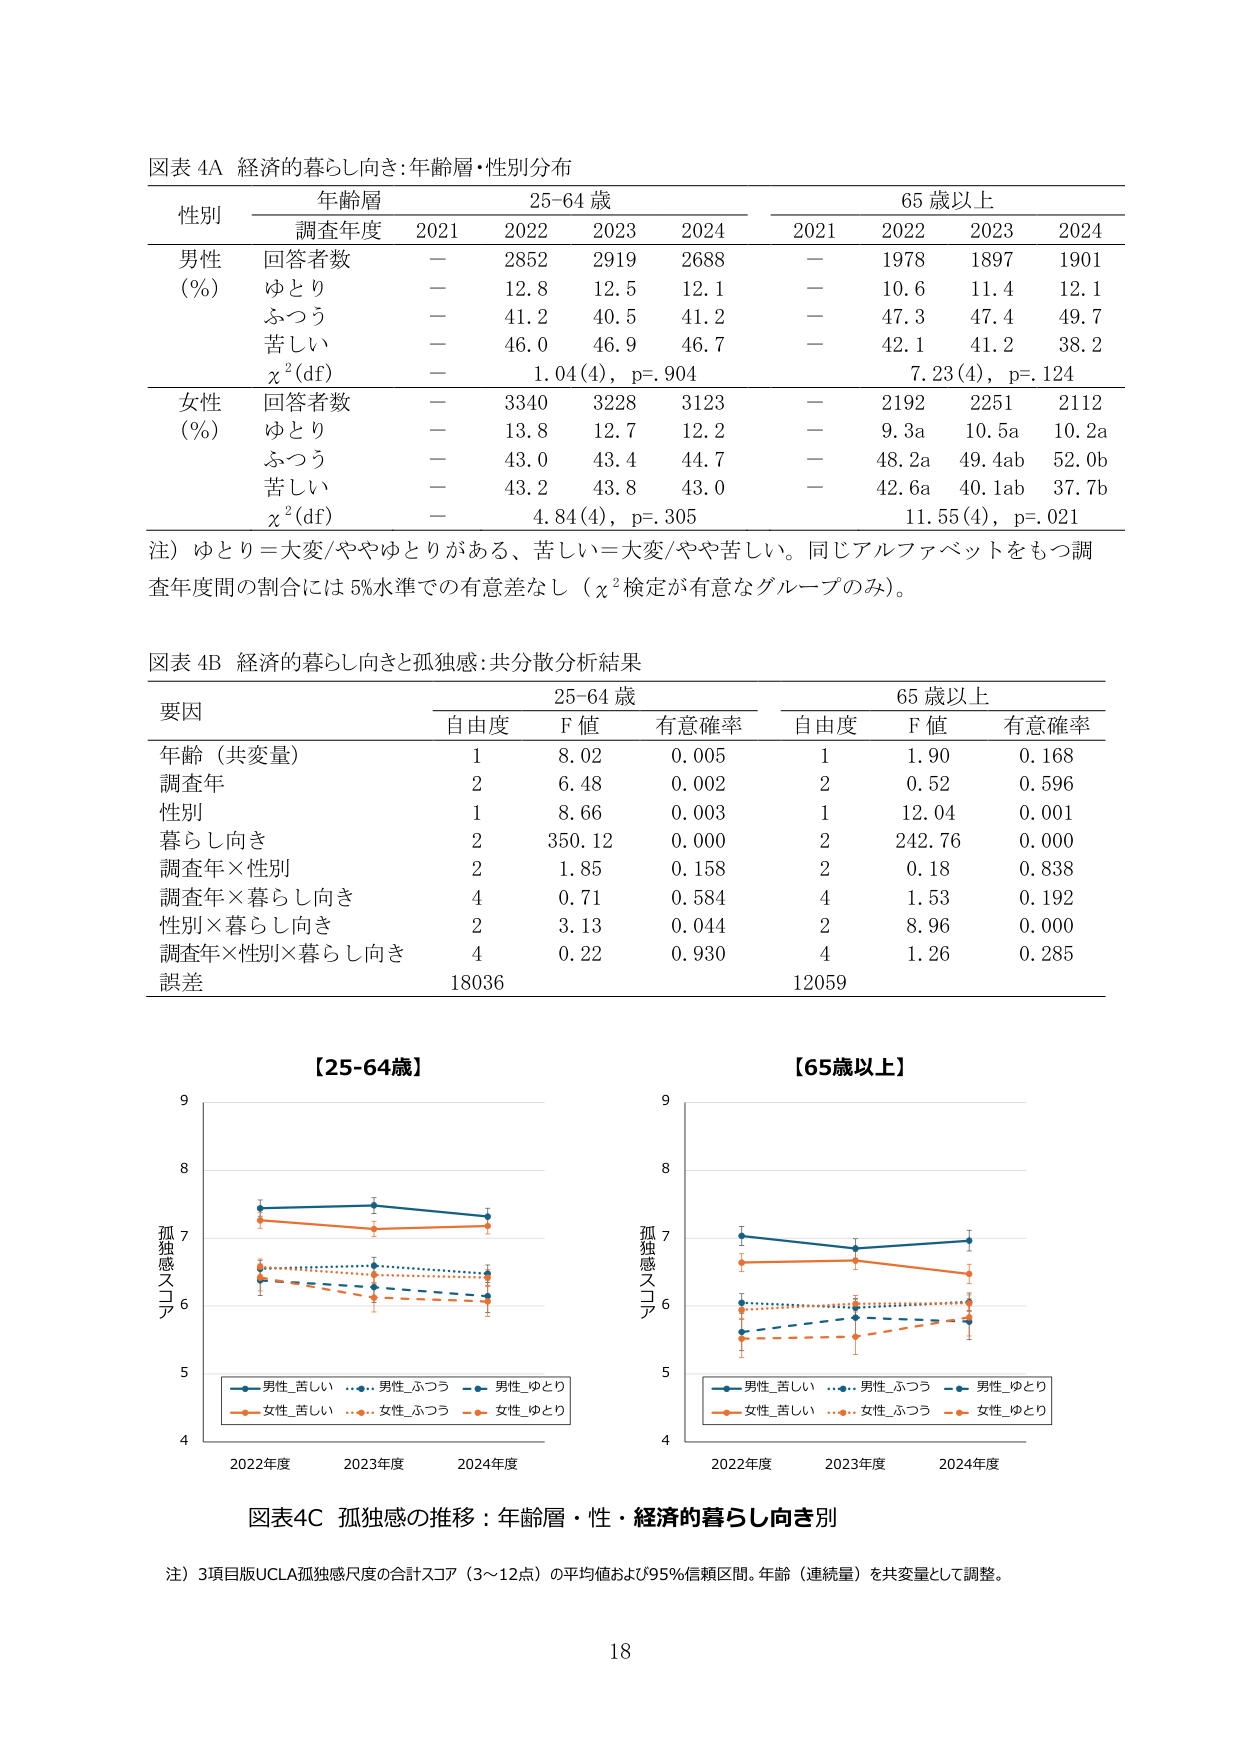
図表 4A 経済的暮らし向き：年齢層・性別分布

性別 年齢層 25-64 歳 65 歳以上
　　　調査年度 2021 2022 2023 2024 2021 2022 2023 2024

男性 回答者数 － 2852 2919 2688 － 1978 1897 1901
(%) ゆとり － 12.8 12.5 12.1 － 10.6 11.4 12.1
　　ふつう － 41.2 40.5 41.2 － 47.3 47.4 49.7
　　苦しい － 46.0 46.9 46.7 － 42.1 41.2 38.2
　　χ²(df) － 1.04(4), p=.904 7.23(4), p=.124

女性 回答者数 － 3340 3228 3123 － 2192 2251 2112
(%) ゆとり － 13.8 12.7 12.2 － 9.3a 10.5a 10.2a
　　ふつう － 43.0 43.4 44.7 － 48.2a 49.4ab 52.0b
　　苦しい － 43.2 43.8 43.0 － 42.6a 40.1ab 37.7b
　　χ²(df) － 4.84(4), p=.305 11.55(4), p=.021

注）ゆとり＝大変/ややゆとりがある、苦しい＝大変/やや苦しい。同じアルファベットをもつ調査年度間の割合には 5%水準での有意差なし（χ²検定が有意なグループのみ）。

図表 4B 経済的暮らし向きと孤独感：共分散分析結果

要因 25-64 歳 65 歳以上
　　　自由度 F 値 有意確率 自由度 F 値 有意確率

年齢（共変量） 1 8.02 0.005 1 1.90 0.168
調査年 2 6.48 0.002 2 0.52 0.596
性別 1 8.66 0.003 1 12.04 0.001
暮らし向き 2 350.12 0.000 2 242.76 0.000
調査年×性別 2 1.85 0.158 2 0.18 0.838
調査年×暮らし向き 4 0.71 0.584 4 1.53 0.192
性別×暮らし向き 2 3.13 0.044 2 8.96 0.000
調査年×性別×暮らし向き 4 0.22 0.930 4 1.26 0.285
誤差 18036 12059

【25-64歳】
【65歳以上】

孤独感スコア
9
8
7
6
5
4
2022年度 2023年度 2024年度

　　■ 男性_苦しい 　■ 男性_ふつう 　■ 男性_ゆとり
　　■ 女性_苦しい 　■ 女性_ふつう 　■ 女性_ゆとり

孤独感スコア
9
8
7
6
5
4
2022年度 2023年度 2024年度

　　■ 男性_苦しい 　■ 男性_ふつう 　■ 男性_ゆとり
　　■ 女性_苦しい 　■ 女性_ふつう 　■ 女性_ゆとり

図表4C 孤独感の推移：年齢層・性・経済的暮らし向き別

注）3項目版UCLA孤独感尺度の合計スコア（3～12点）の平均値および95%信頼区間。年齢（連続量）を共変量として調整。

18